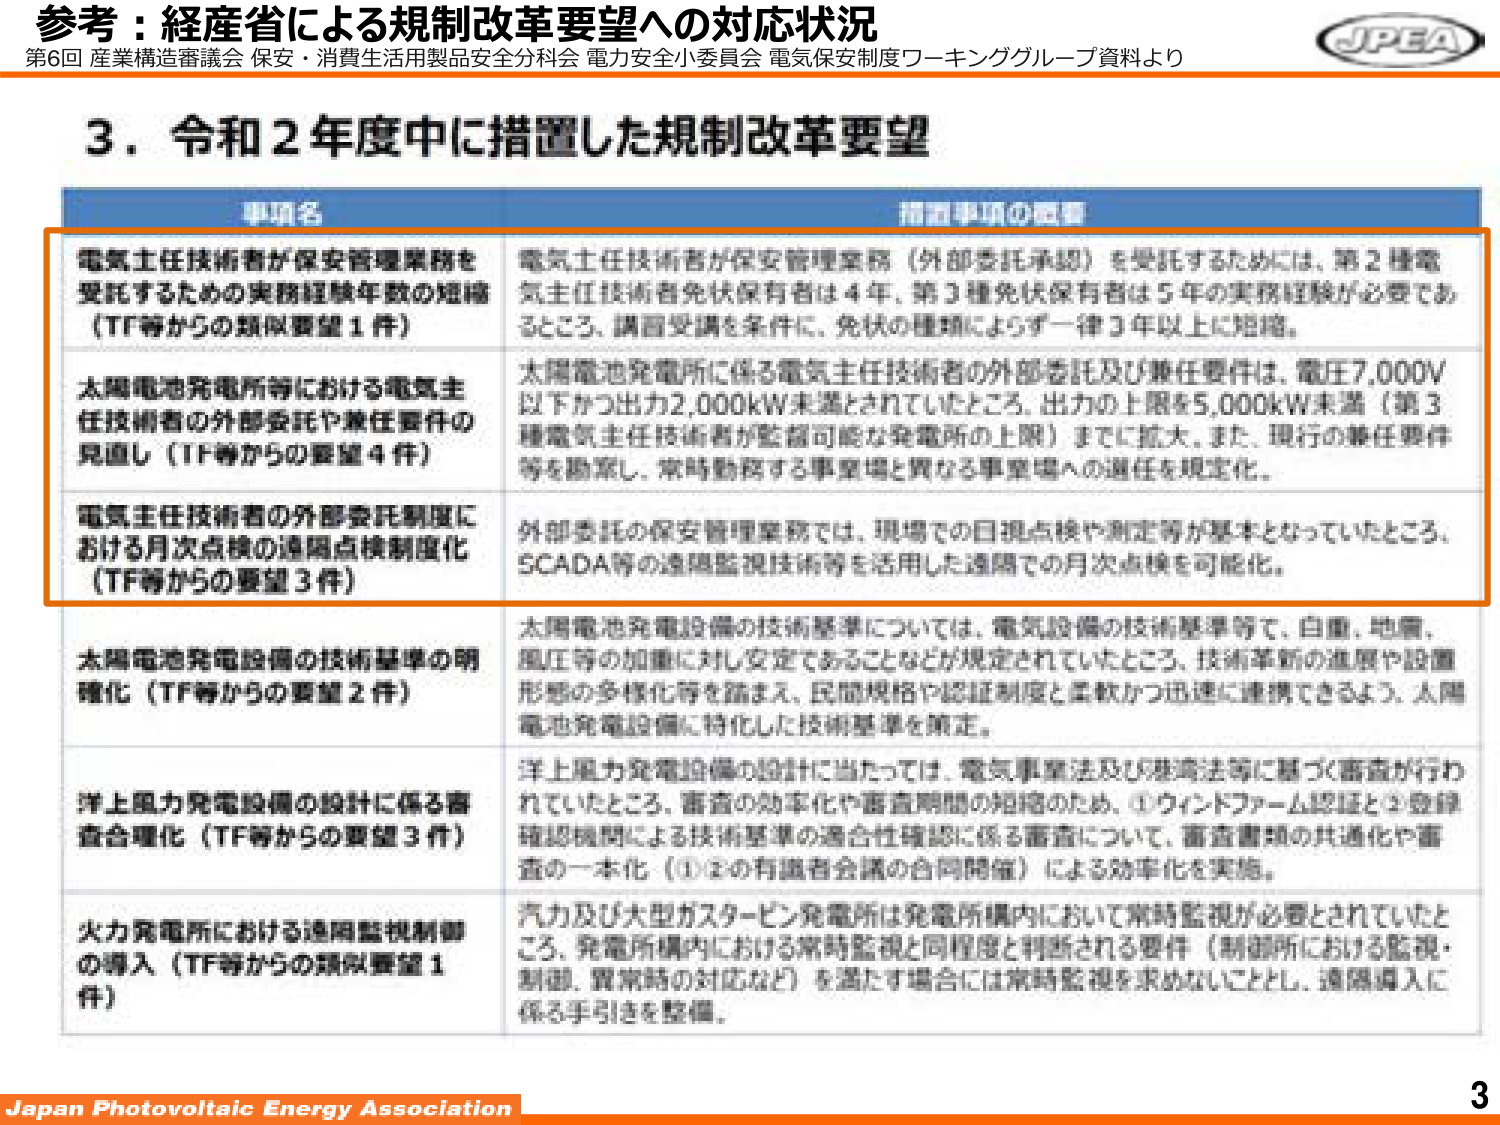
参考：経産省による規制改革要望への対応状況
第6回 産業構造審議会 保安・消費生活用製品安全分科会 電力安全小委員会 電気保安制度ワーキンググループ資料より

3．令和2年度中に措置した規制改革要望

事項名
措置事項の概要

電気主任技術者が保安管理業務を受託するための実務経験年数の短縮（TF等からの類似要望1件）
電気主任技術者が保安管理業務（外部委託承認）を受託するためには、第2種電気主任技術者免状保有者は4年、第3種免状保有者は5年の実務経験が必要であるところ、講習受講を条件に、免状の種類によらず一律3年以上に短縮。

太陽電池発電所等における電気主任技術者の外部委託や兼任要件の見直し（TF等からの要望4件）
太陽電池発電所に係る電気主任技術者の外部委託及び兼任要件は、電圧7,000V以下かつ出力2,000kW未満とされていたところ、出力の上限を5,000kW未満（第3種電気主任技術者が監督可能な発電所の上限）までに拡大、また、現行の兼任要件等を勘案し、常時勤務する事業場と異なる事業場への選任を規定化。

電気主任技術者の外部委託制度における月次点検の遠隔点検制度化（TF等からの要望3件）
外部委託の保安管理業務では、現場での目視点検や測定等が基本となっていたところ、SCADA等の遠隔監視技術等を活用した遠隔での月次点検を可能化。

太陽電池発電設備の技術基準の明確化（TF等からの要望2件）
太陽電池発電設備の技術基準については、電気設備の技術基準等で、白亜、地震、風圧等の加害に対して安定であることなどが規定されていたところ、技術革新の進展や設備形態の多様化等を踏まえ、民間規格や認証制度と柔軟かつ迅速に連携できるよう、太陽電池発電設備に特化した技術基準を策定。

洋上風力発電設備の設計に係る審査合理化（TF等からの要望3件）
洋上風力発電設備の設計に当たっては、電気事業法及び港湾法等に基づく審査が行われていたところ、審査の効率化や審査期間の短縮のため、①ウィンドファーム認証と②登録確認機関による技術基準の適合性確認に係る審査について、審査書類の共通化や審査の一本化（①②の有識者会議の合同開催）による効率化を実施。

火力発電所における遠隔監視制御の導入（TF等からの類似要望1件）
汽力及び大型ガスタービン発電所は発電所構内において常時監視が必要とされていたところ、発電所構内における常時監視と同程度と判断される要件（制御所における監視・制御、異常時の対応など）を満たす場合には常時監視を求めないこととし、遠隔導入に係る手引きを整備。

Japan Photovoltaic Energy Association
3
JPEA